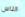
الناس